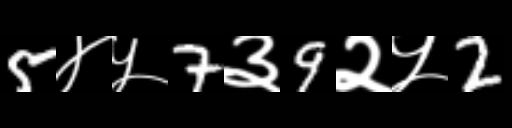
Text: 5४५7३9२५2